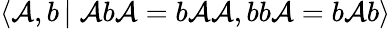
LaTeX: \langle\mathcal{A},b\, \vert\; \mathcal{A}b\mathcal{A}=b\mathcal{A}\mathcal{A},bb\mathcal{A}=b\mathcal{A}b\rangle